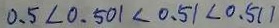
0 . 5 < 0 . 5 0 1 < 0 . 5 1 < 0 . 5 1 1